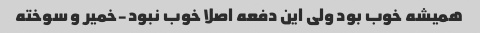
همیشه خوب بود ولی این دفعه اصلا خوب نبود-خمیر و سوخته